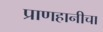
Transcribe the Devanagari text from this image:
प्राणहानीचा